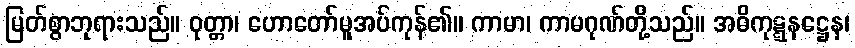
မြတ်စွာဘုရားသည်။ ဝုတ္တာ၊ ဟောတော်မူအပ်ကုန်၏။ ကာမာ၊ ကာမဂုဏ်တို့သည်။ အဓိကုဋ္ဋနဋ္ဌေန၊